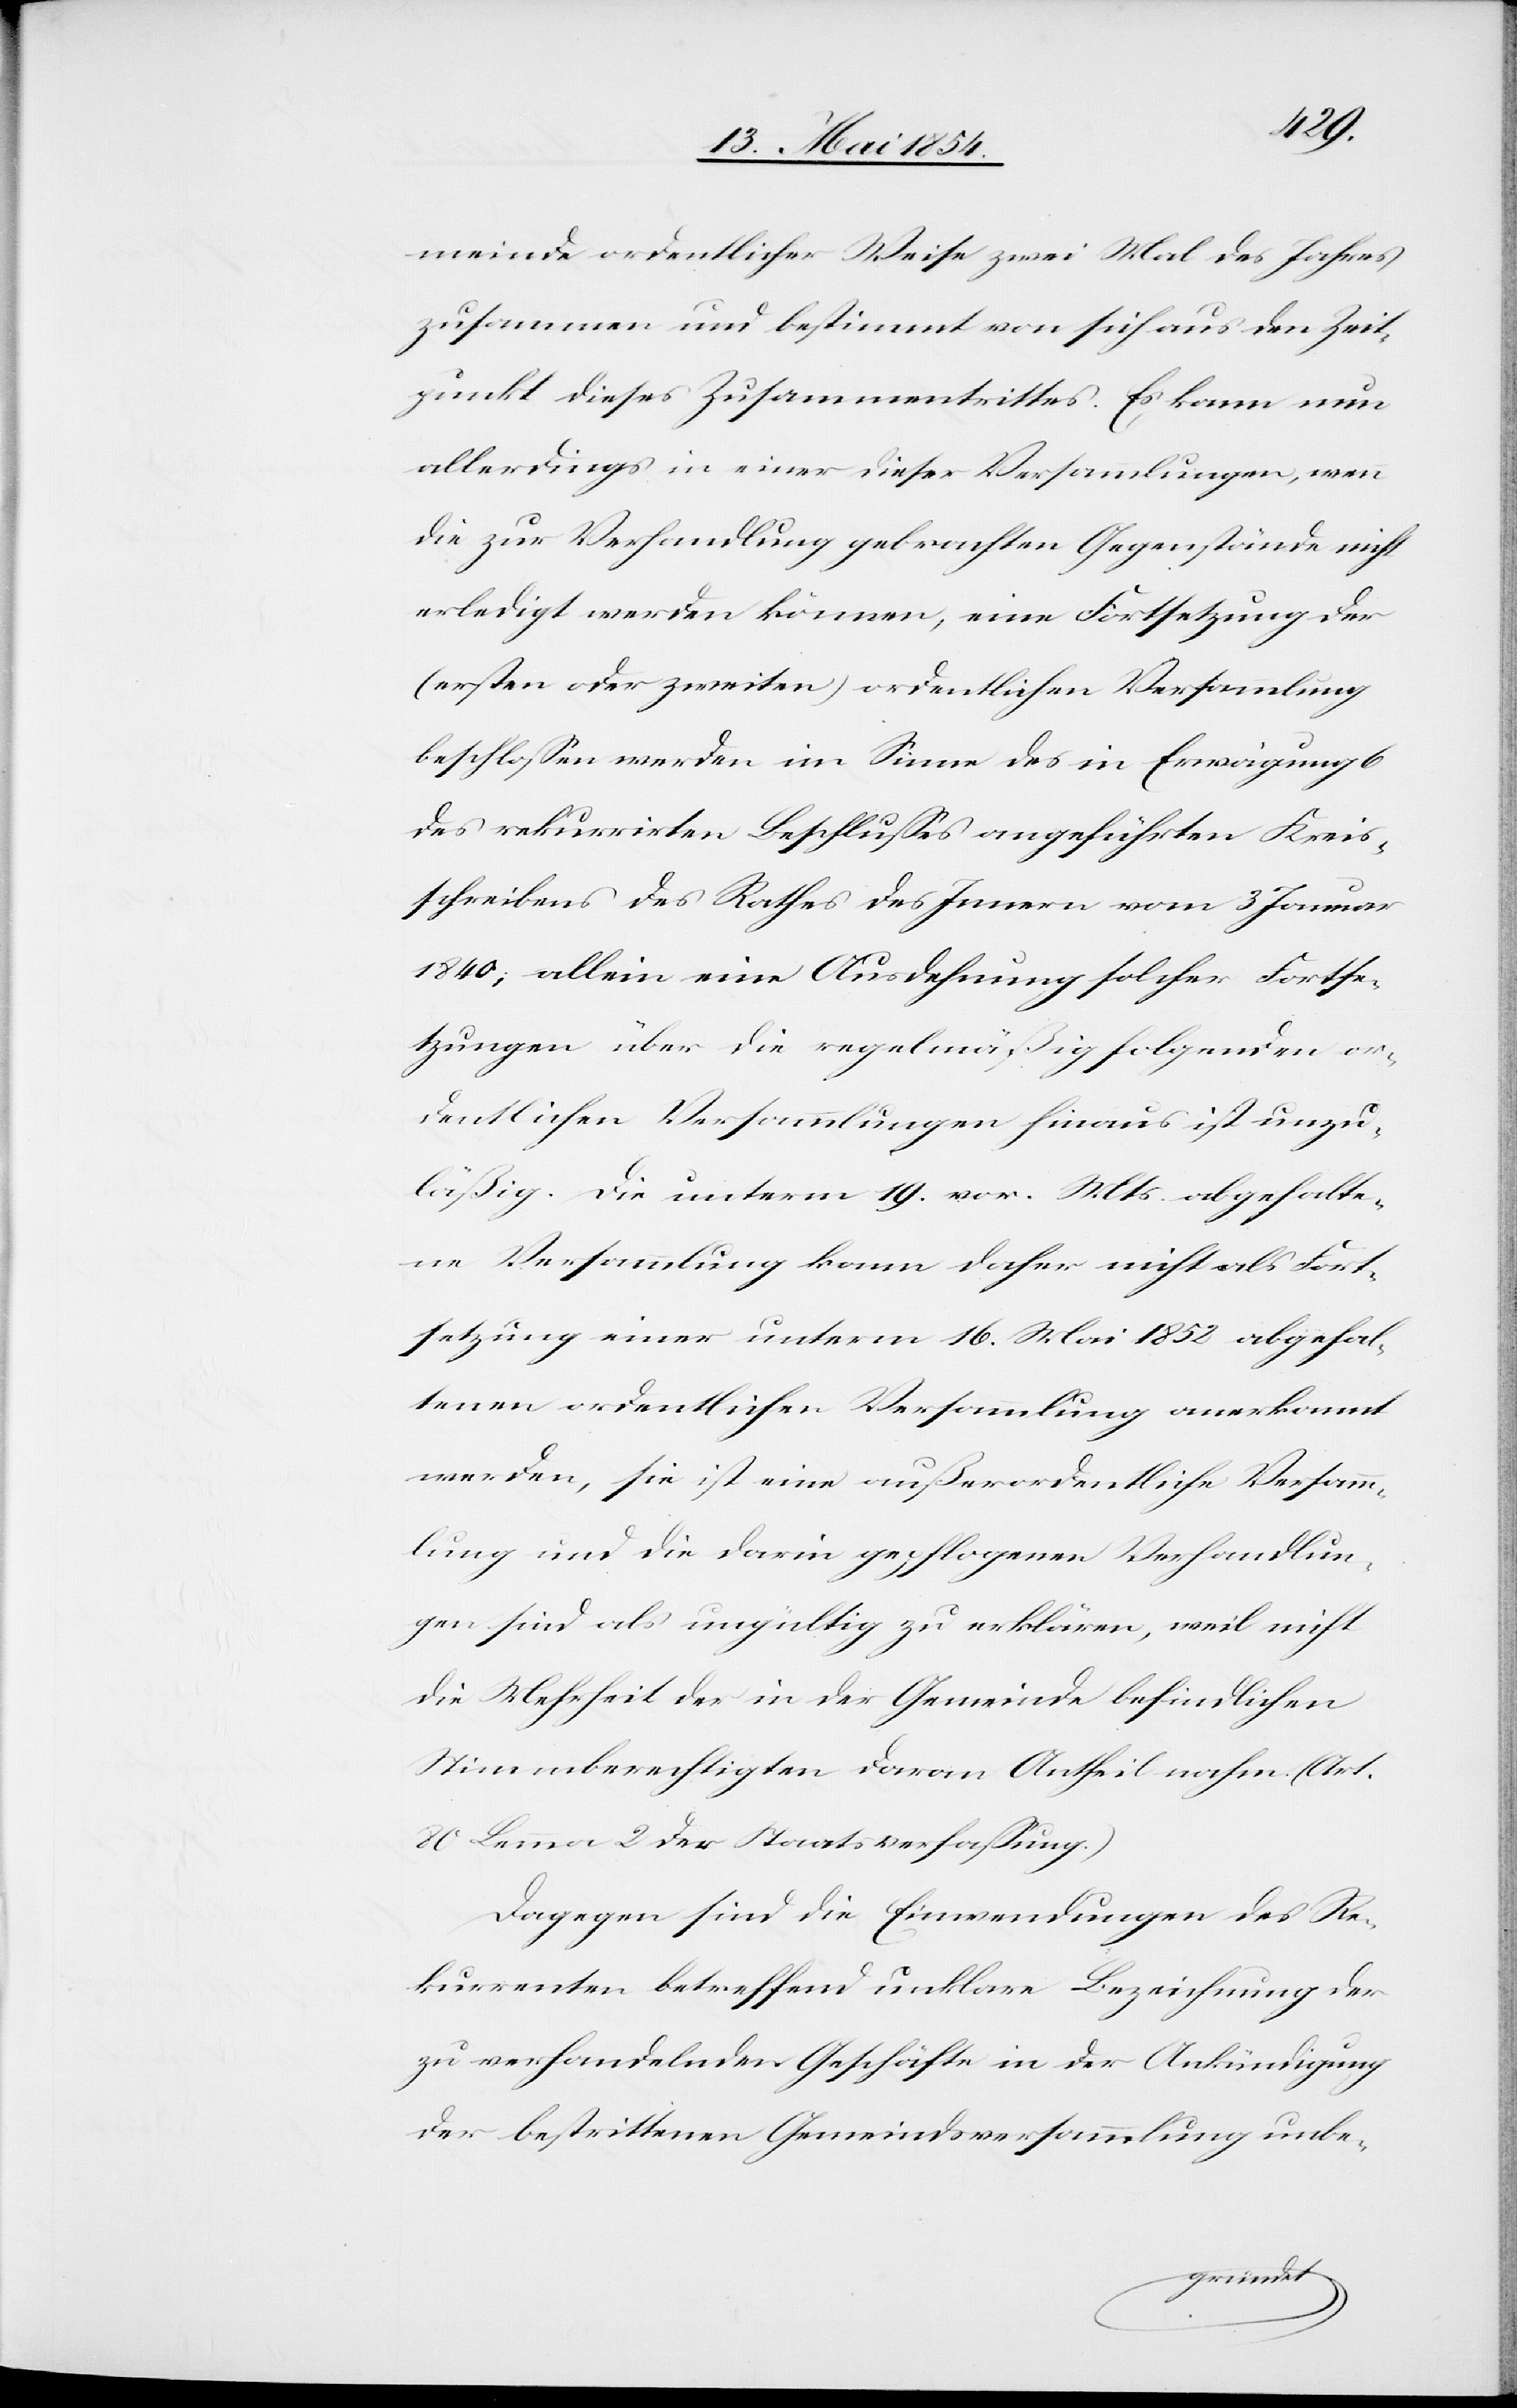
meinde ordentlicher Weise zwei Mal des Jahres
zusammen und bestimmt von sich aus den Zeit¬
punkt dieses Zusammentrittes. Es kann nun
allerdings in einer dieser Versammlungen, wenn
die zur Verhandlung gebrachten Gegenstände nicht
erledigt werden können, eine Fortsetzung der
(ersten oder zweiten) ordentlichen Versammlung
beschloßen werden im Sinne des in Erwägung 6
des rekurrirten Beschlußes angeführten Kreis¬
schreibens des Rathes des Innern vom 3 Januar
1840; allein eine Ausdehnung solcher Fortse¬
tzungen über die regelmäßig folgenden or¬
dentlichen Versammlungen hinaus ist unzu¬
läßig. Die unterm 19. vor. Mts abgehalte¬
ne Versammlung kann daher nicht als Fort¬
setzung einer unterm 16. Mai 1852 abgehal¬
tenen ordentlichen Versammlung anerkannt
werden, sie ist eine außerordentliche Versamm¬
lung und die darin gepflogenen Verhandlun¬
gen sind als ungültig zu erklären, weil nicht
die Mehrheit der in der Gemeinde befindlichen
Stimmberechtigten daran Antheil nahm. (Art.
80 Lemma 2 der Staatsverfaßung.)
Dagegen sind die Einwendungen des Re¬
kurrenten betreffend unklare Bezeichnung der
zu verhandelnden Geschäfte in der Ankündigung
der bestrittenen Gemeindsversammlung unbe-